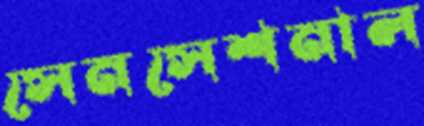
সেনসেশনাল